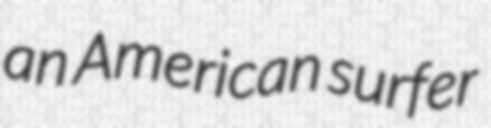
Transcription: an American surfer